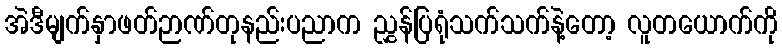
အဲဒီမျက်နှာဖတ်ဉာဏ်တုနည်းပညာက ညွှန်ပြရုံသက်သက်နဲ့တော့ လူတယောက်ကို